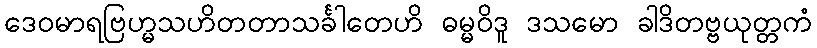
ဒေဝမာရဗြဟ္မသဟိတတာသင်္ခါတေဟိ ဓမ္မဝိဒူ ဒသမော ခါဒိတဗ္ဗယုတ္တကံ